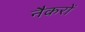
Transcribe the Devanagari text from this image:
नैकरों